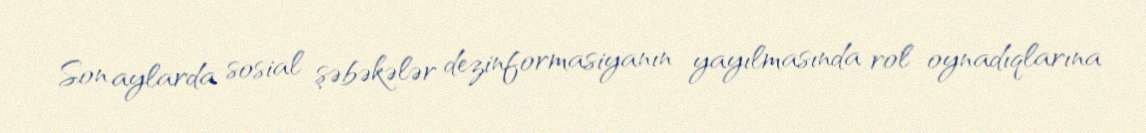
Son aylarda sosial şəbəkələr dezinformasiyanın yayılmasında rol oynadıqlarına